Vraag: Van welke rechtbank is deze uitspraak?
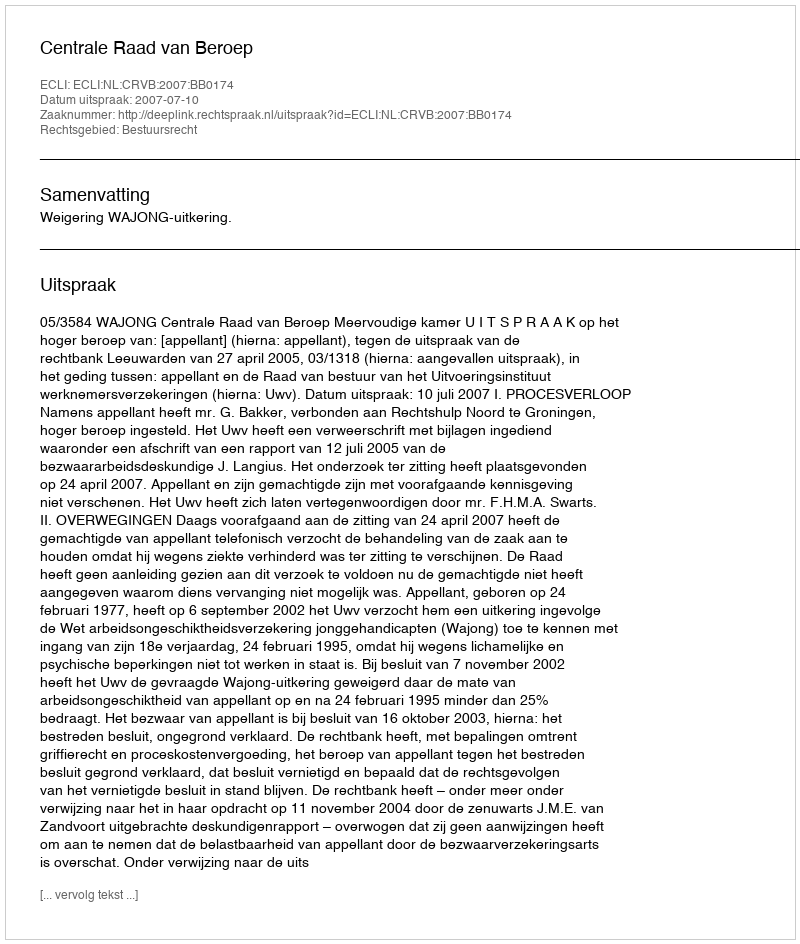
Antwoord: Centrale Raad van Beroep